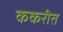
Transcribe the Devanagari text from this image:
ककरीत